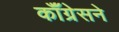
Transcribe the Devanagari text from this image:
कॉँग्रेसने